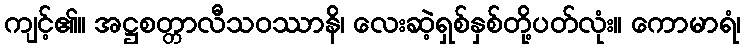
ကျင့်၏။ အဋ္ဌစတ္တာလီသဝဿာနိ၊ လေးဆဲ့ရှစ်နှစ်တို့ပတ်လုံး။ ကောမာရံ၊